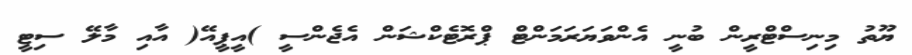
ޔޫތު މިނިސްޓްރީން ބުނީ އެންވަޔަރަމަންޓް ޕްރޮޓެކްޝަން އެޖެންސީ )އީޕީއޭ( އާއި މާލޭ ސިޓީ